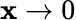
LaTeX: \mathbf{x}\rightarrow0